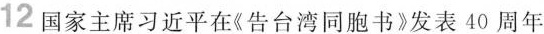
12 国家主席习近平在《告台湾同胞书》发表40周年